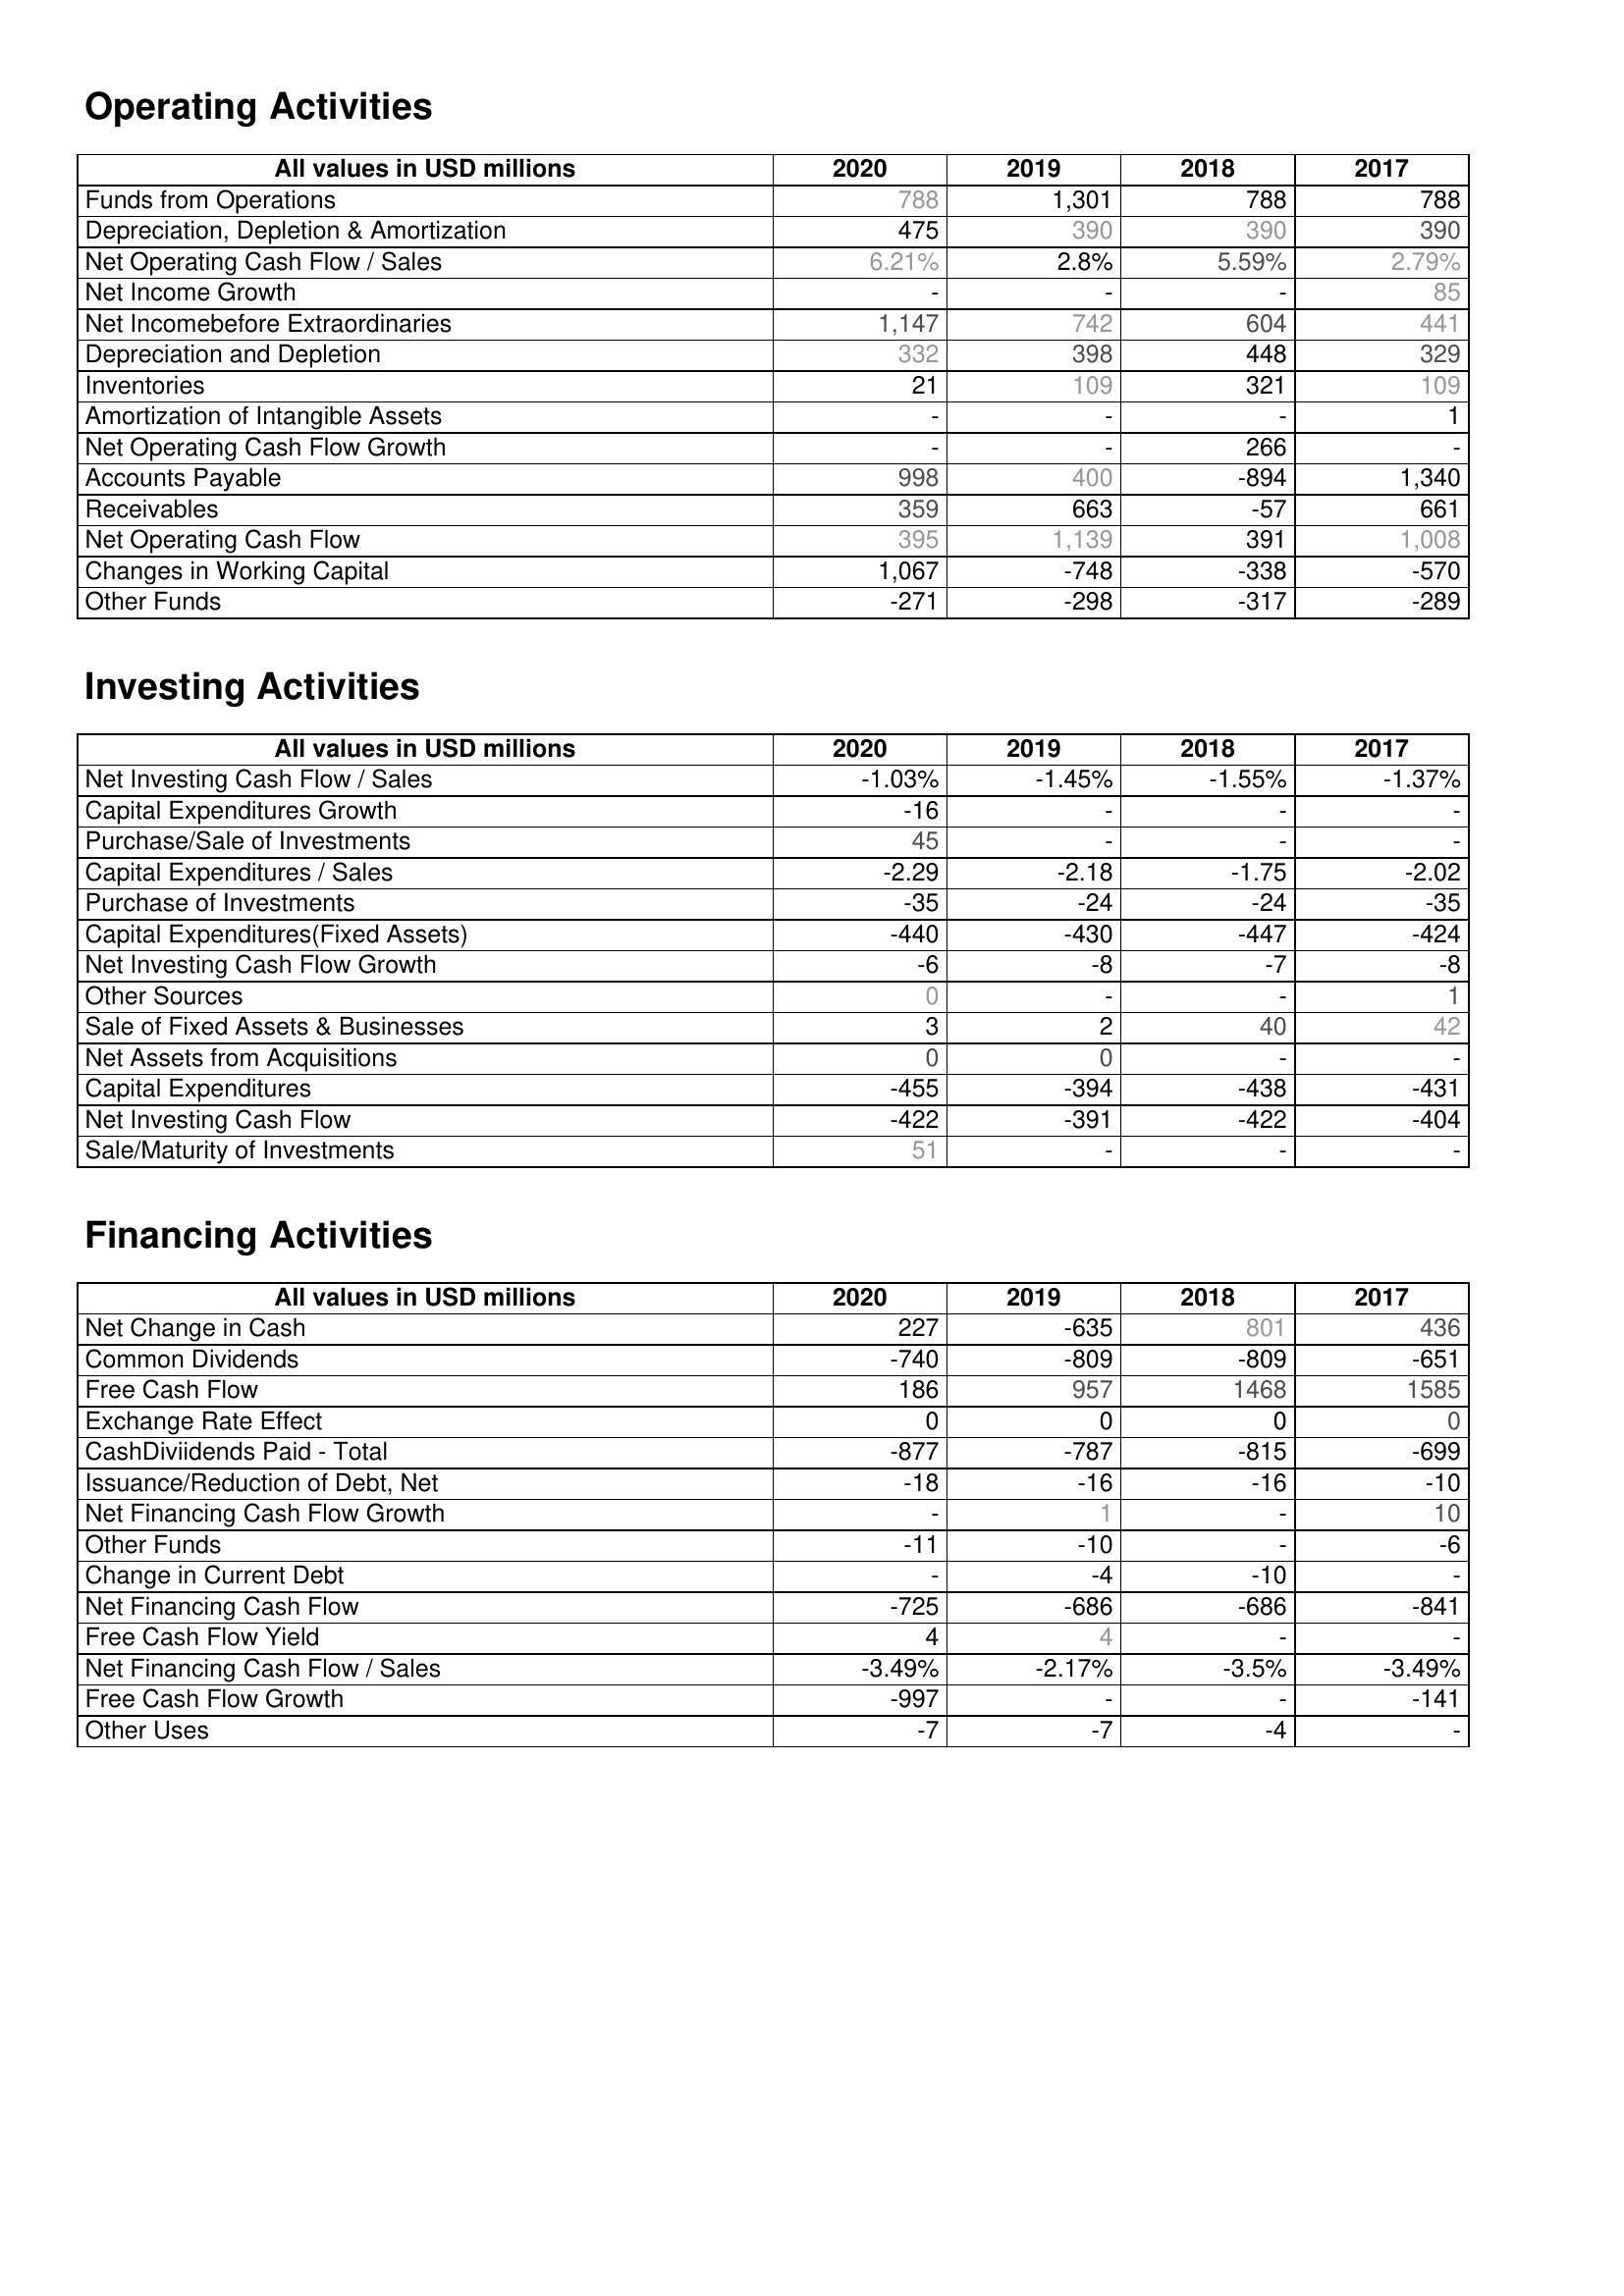
2020: Operating Activities: Funds from Operations: 788
Depreciation, Depletion & Amortization: 475
Net Operating Cash Flow / Sales: 6.21%
Net Income Growth: -
Net Incomebefore Extraordinaries: 1,147
Depreciation and Depletion: 332
Inventories: 21
Amortization of Intangible Assets: -
Net Operating Cash Flow Growth: -
Accounts Payable: 998
Receivables: 359
Net Operating Cash Flow: 395
Changes in Working Capital: 1,067
Other Funds: -271
Investing Activities: Net Investing Cash Flow / Sales: -1.03%
Capital Expenditures Growth: -16
Purchase/Sale of Investments: 45
Capital Expenditures / Sales: -2.29
Purchase of Investments: -35
Capital Expenditures(Fixed Assets): -440
Net Investing Cash Flow Growth: -6
Other Sources: 0
Sale of Fixed Assets & Businesses: 3
Net Assets from Acquisitions: 0
Capital Expenditures: -455
Net Investing Cash Flow: -422
Sale/Maturity of Investments: 51
Financing Activities: Net Change in Cash: 227
Common Dividends: -740
Free Cash Flow: 186
Exchange Rate Effect: 0
CashDiviidends Paid - Total: -877
Issuance/Reduction of Debt, Net: -18
Net Financing Cash Flow Growth: -
Other Funds: -11
Change in Current Debt: -
Net Financing Cash Flow: -725
Free Cash Flow Yield: 4
Net Financing Cash Flow / Sales: -3.49%
Free Cash Flow Growth: -997
Other Uses: -7
2019: Operating Activities: Funds from Operations: 1,301
Depreciation, Depletion & Amortization: 390
Net Operating Cash Flow / Sales: 2.8%
Net Income Growth: -
Net Incomebefore Extraordinaries: 742
Depreciation and Depletion: 398
Inventories: 109
Amortization of Intangible Assets: -
Net Operating Cash Flow Growth: -
Accounts Payable: 400
Receivables: 663
Net Operating Cash Flow: 1,139
Changes in Working Capital: -748
Other Funds: -298
Investing Activities: Net Investing Cash Flow / Sales: -1.45%
Capital Expenditures Growth: -
Purchase/Sale of Investments: -
Capital Expenditures / Sales: -2.18
Purchase of Investments: -24
Capital Expenditures(Fixed Assets): -430
Net Investing Cash Flow Growth: -8
Other Sources: -
Sale of Fixed Assets & Businesses: 2
Net Assets from Acquisitions: 0
Capital Expenditures: -394
Net Investing Cash Flow: -391
Sale/Maturity of Investments: -
Financing Activities: Net Change in Cash: -635
Common Dividends: -809
Free Cash Flow: 957
Exchange Rate Effect: 0
CashDiviidends Paid - Total: -787
Issuance/Reduction of Debt, Net: -16
Net Financing Cash Flow Growth: 1
Other Funds: -10
Change in Current Debt: -4
Net Financing Cash Flow: -686
Free Cash Flow Yield: 4
Net Financing Cash Flow / Sales: -2.17%
Free Cash Flow Growth: -
Other Uses: -7
2018: Operating Activities: Funds from Operations: 788
Depreciation, Depletion & Amortization: 390
Net Operating Cash Flow / Sales: 5.59%
Net Income Growth: -
Net Incomebefore Extraordinaries: 604
Depreciation and Depletion: 448
Inventories: 321
Amortization of Intangible Assets: -
Net Operating Cash Flow Growth: 266
Accounts Payable: -894
Receivables: -57
Net Operating Cash Flow: 391
Changes in Working Capital: -338
Other Funds: -317
Investing Activities: Net Investing Cash Flow / Sales: -1.55%
Capital Expenditures Growth: -
Purchase/Sale of Investments: -
Capital Expenditures / Sales: -1.75
Purchase of Investments: -24
Capital Expenditures(Fixed Assets): -447
Net Investing Cash Flow Growth: -7
Other Sources: -
Sale of Fixed Assets & Businesses: 40
Net Assets from Acquisitions: -
Capital Expenditures: -438
Net Investing Cash Flow: -422
Sale/Maturity of Investments: -
Financing Activities: Net Change in Cash: 801
Common Dividends: -809
Free Cash Flow: 1468
Exchange Rate Effect: 0
CashDiviidends Paid - Total: -815
Issuance/Reduction of Debt, Net: -16
Net Financing Cash Flow Growth: -
Other Funds: -
Change in Current Debt: -10
Net Financing Cash Flow: -686
Free Cash Flow Yield: -
Net Financing Cash Flow / Sales: -3.5%
Free Cash Flow Growth: -
Other Uses: -4
2017: Operating Activities: Funds from Operations: 788
Depreciation, Depletion & Amortization: 390
Net Operating Cash Flow / Sales: 2.79%
Net Income Growth: 85
Net Incomebefore Extraordinaries: 441
Depreciation and Depletion: 329
Inventories: 109
Amortization of Intangible Assets: 1
Net Operating Cash Flow Growth: -
Accounts Payable: 1,340
Receivables: 661
Net Operating Cash Flow: 1,008
Changes in Working Capital: -570
Other Funds: -289
Investing Activities: Net Investing Cash Flow / Sales: -1.37%
Capital Expenditures Growth: -
Purchase/Sale of Investments: -
Capital Expenditures / Sales: -2.02
Purchase of Investments: -35
Capital Expenditures(Fixed Assets): -424
Net Investing Cash Flow Growth: -8
Other Sources: 1
Sale of Fixed Assets & Businesses: 42
Net Assets from Acquisitions: -
Capital Expenditures: -431
Net Investing Cash Flow: -404
Sale/Maturity of Investments: -
Financing Activities: Net Change in Cash: 436
Common Dividends: -651
Free Cash Flow: 1585
Exchange Rate Effect: 0
CashDiviidends Paid - Total: -699
Issuance/Reduction of Debt, Net: -10
Net Financing Cash Flow Growth: 10
Other Funds: -6
Change in Current Debt: -
Net Financing Cash Flow: -841
Free Cash Flow Yield: -
Net Financing Cash Flow / Sales: -3.49%
Free Cash Flow Growth: -141
Other Uses: -